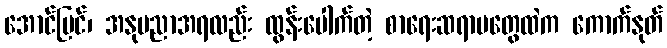
အောင်မြင်၊ အနုပညာအရလည်း ထွန်းပေါက်တဲ့ စာရေးဆရာမတွေထဲက ကောက်နုတ်